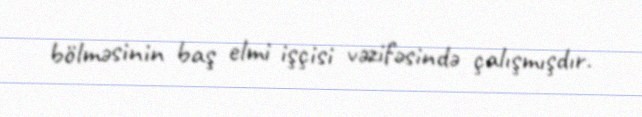
bölməsinin baş elmi işçisi vəzifəsində çalışmışdır.